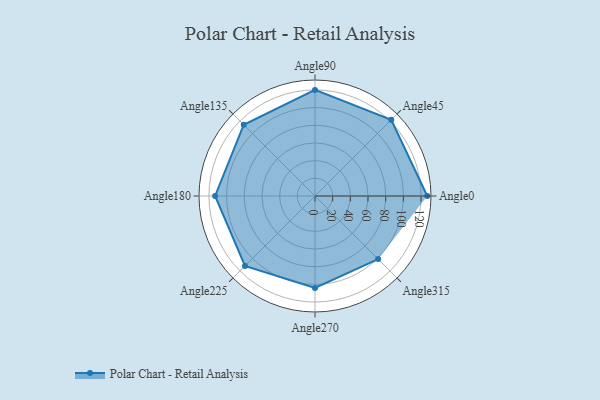
{"axis": {"x": "Angle", "y": "Radius"}, "legend": [""], "data": [{"x": "Angle0", "y": 127.0, "type": ""}, {"x": "Angle45", "y": 122.0, "type": ""}, {"x": "Angle90", "y": 120.0, "type": ""}, {"x": "Angle135", "y": 114.0, "type": ""}, {"x": "Angle180", "y": 113.0, "type": ""}, {"x": "Angle225", "y": 112.0, "type": ""}, {"x": "Angle270", "y": 104.0, "type": ""}, {"x": "Angle315", "y": 101.0, "type": ""}]}